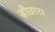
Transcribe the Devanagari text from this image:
बौछार।